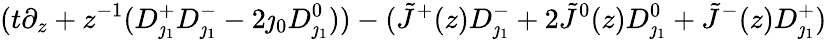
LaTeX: (t\partial_{z}+z^{-1}(D_{\jmath_{1}}^{+}D_{\jmath_{1}}^{-}-2\jmath_{0}D_{\jmath_{1}}^{0}))-(\tilde{J}^{+}(z)D_{\jmath_{1}}^{-}+2\tilde{J}^{0}(z)D_{\jmath_{1}}^{0}+\tilde{J}^{-}(z)D_{\jmath_{1}}^{+})